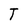
Character: T